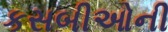
કસબીઓની